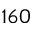
1 6 0